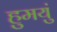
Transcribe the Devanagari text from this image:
हुमयुं